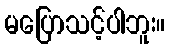
မပြောသင့်ပါဘူး။